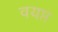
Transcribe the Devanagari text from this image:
वयप्त